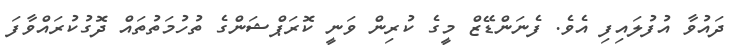
ދައުވާ އުފުލައިފި އެވެ. ފެނަންޑޭޒް މީގެ ކުރިން ވަނީ ކޮރަޕްޝަންގެ ތުހުމަތުތައް ދޮގުކުރައްވާފަ